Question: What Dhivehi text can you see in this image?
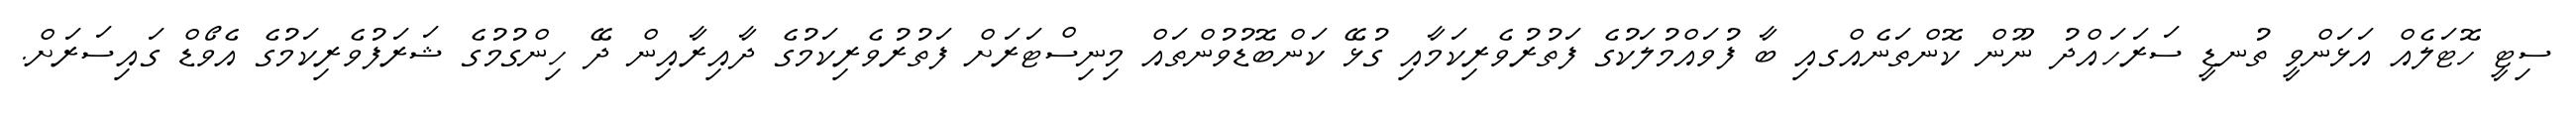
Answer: ސިޓީ ހޮޓަލެއް އަޅަންވީ ތުނޑީ ސަރަހައްދު ނޫން ކޮންތަނެއްގއި ބާ ފުވައްމުލަކުގެ ފަތުރުވެރިކަމާއި ގުޅޭ ކަންބޮޑުވުންތައް މިނިސްޓަރަށް ފަތުރުވެރިކަމުގެ ދާއިރާއިން ދޭ ހިންގުމުގެ ޝަރަފުވެރިކަމުގެ އެވޯޑް ގައިސަރަށް.